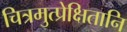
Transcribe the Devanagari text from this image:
चित्रमुत्प्रेक्षितानि